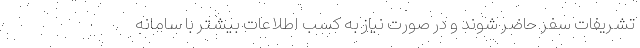
تشریفات سفر حاضر شوند و در صورت نیاز به کسب اطلاعات بیشتر با سامانه